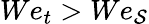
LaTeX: We_{t}>We_{\mathcal{S}}